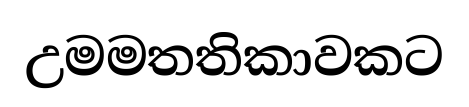
උමමතතිකාවකට